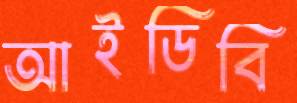
আইডিবি